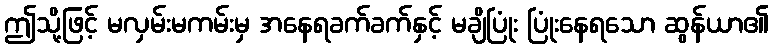
ဤသို့ဖြင့် မလှမ်းမကမ်းမှ အနေရခက်ခက်နှင့် မချိပြုံး ပြုံးနေရသော ဆွန်ယာ၏